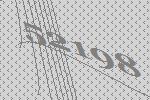
52198